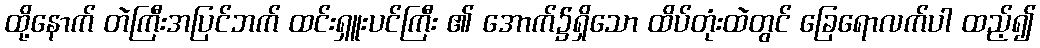
ထို့နောက် တဲကြီးအပြင်ဘက် ထင်းရှူးပင်ကြီး ၏ အောက်၌ရှိသော ထိပ်တုံးထဲတွင် ခြေရောလက်ပါ ထည့်၍